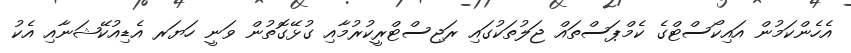
އެހެންކަމުން އައިކޯސްޓްގެ ކެމްޕަސްތައް ޖަލުތަކުގައި ރަޖިސްޓްރީކުރުމާއި ގުޅޭގޮތުން ވަނީ ހަޔަރ އެޑިއުކޭޝަނާއި އެކު